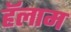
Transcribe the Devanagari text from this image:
हॅलाम